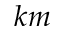
k m